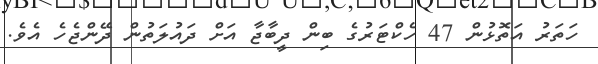
ހަތަރު އަތޮޅުން 47 ހެކްޓަރުގެ ބިން ދީބާޖާ އަށް ދައުލަތުން ދޭންޖެހެ އެވެ.